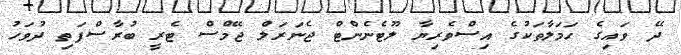
ދޭ ވައިގެ ހަމަލާތަކުގެ އިސްވެރިޔާ ލޫޓެނެންޓް ޖެނަރަލް ޖޭމްސް ޓެރީ ބުރާސްފަތި ދުވަހު